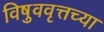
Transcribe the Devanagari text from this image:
विषुववृत्तच्या